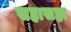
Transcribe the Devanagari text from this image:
सहासहा